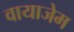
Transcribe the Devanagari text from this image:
वायाजेम